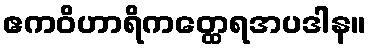
ဧကဝိဟာရိကတ္ထေရအပဒါန။